system: You are a helpful assistant.
user:
Analyze the provided spectrum to determine if it is a **Carbon Star (C-type)**.

- **Key Visual Indicators of Carbon Star:**
    - **(Primary):** Strong molecular absorption from **C₂ (diatomic carbon) "Swan Bands."** This is the **defining feature** of a carbon star.
        - **(Key Bandheads):** Sharp absorption edges are visible at approximately $5635$ Å, $5165$ Å (the strongest band), and $4737$ Å.
        - **(Line Profile):** Creates a distinct **"saw-tooth"** pattern. The key morphology is a sharp, steep bandhead on the **red (long-wavelength) side**, which then gradually tapers off (i.e., flux recovers) towards the **blue (short-wavelength) side**. *(This is the direct opposite of the TiO bands seen in M-type stars)*.

    - **(Secondary):** Intense **CN (cyanogen)** molecular absorption bands.
        - **(Key Bandheads):** Located in the blue and violet regions of the spectrum (e.g., near $4215$ Å and $3883$ Å).
        - **(Morphology):** These bands are extremely broad and act as a "blanket," absorbing the vast majority of blue and violet light. This creates a characteristic **"cliff"** or **"steep drop-off"** in the spectrum's flux at short wavelengths.

    - **(Key Confirmation):** Strong **CH absorption band (G-band)**.
        - **(Key Bandhead):** Located around $4300$ Å. The contribution from CH molecules to this band is exceptionally strong.

    - **(Overall Spectrum):**
        - The continuum is severely "chopped up" by these deep molecular bands, especially C₂, rather than appearing as a smooth curve.
        - Due to the heavy CN and C₂ absorption in the blue-green, the vast majority of the star's flux is concentrated in the red part of the spectrum, giving the star its characteristic deep red color.

Think first, call **spectral_visualization_tool** if needed to examine features in detail, then provide your final answer. Your response must adhere to the following strict rules:
1.  **Overall Structure:** Your response must follow the format `<think>...</think> <tool_call>...</tool_call> (if a tool is used) <answer>...</answer>`.
2.  **Tool Usage Constraint:** You may only make **one** tool call per turn.
3.  **Final Answer Format:** In the `<answer>` tag, your conclusion must be inside a `\boxed{}` command (e.g., `\boxed{YES}`), followed by your justification.

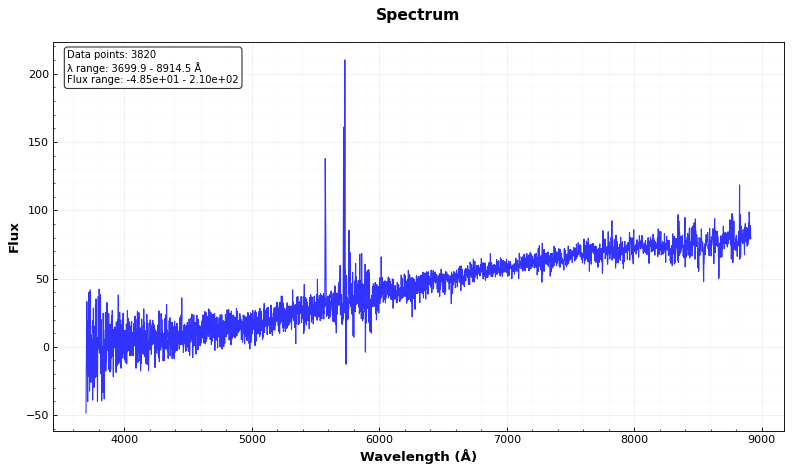
Answer: NO